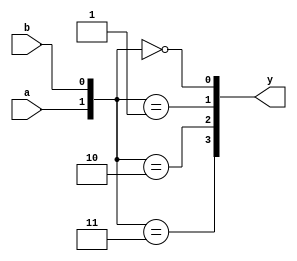
`timescale 1ns/100ps

module deco2_4(input a, input b, output [3:0] y);
  assign y[0] = ({a, b} == 2'b00);
  assign y[1] = ({a, b} == 2'b01);
  assign y[2] = ({a, b} == 2'b10);
  assign y[3] = ({a, b} == 2'b11);
endmodule

module main;
  reg a, b;
  wire [3:0] y;

  deco2_4 d24(a, b, y);//example.vmodule

  integer i;
  initial begin
    for(i = 0; i <= 16; i = i + 1) begin
      {a, b} = i;
      #10;
    end
  end

  initial begin
    $dumpfile("deco2_4.vcd");
    $dumpvars;
  end

endmodule